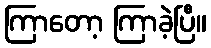
ကြာတော့ ကြာခဲ့ပြီ။